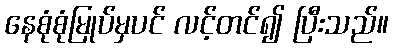
နေစုံစုံမြုပ်မှပင် လင့်တင်၍ ပြီးသည်။